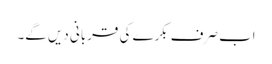
اب صرف بکرے کی قربانی دیں گے۔